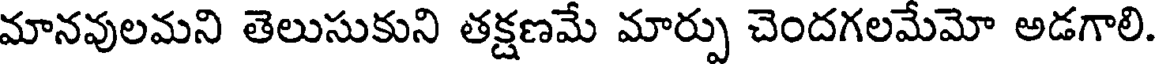
మానవులమని తెలుసుకుని తక్షణమే మార్పు చెందగలమేమో అడగాలి.